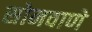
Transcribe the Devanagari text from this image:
सोनवाणे